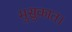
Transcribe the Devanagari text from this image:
मुसुकात।